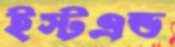
ইস্টএন্ড